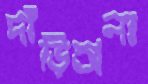
দাঁড়িঅলা